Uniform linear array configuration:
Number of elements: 48
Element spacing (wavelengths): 0.25
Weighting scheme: blackman
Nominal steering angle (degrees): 0
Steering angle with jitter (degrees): -0.2493
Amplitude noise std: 0.05
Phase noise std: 0.05

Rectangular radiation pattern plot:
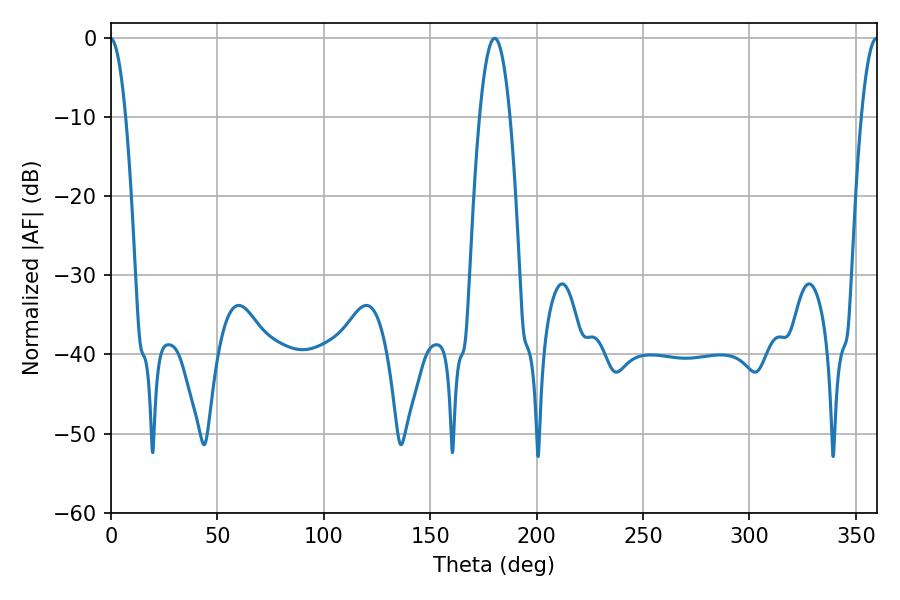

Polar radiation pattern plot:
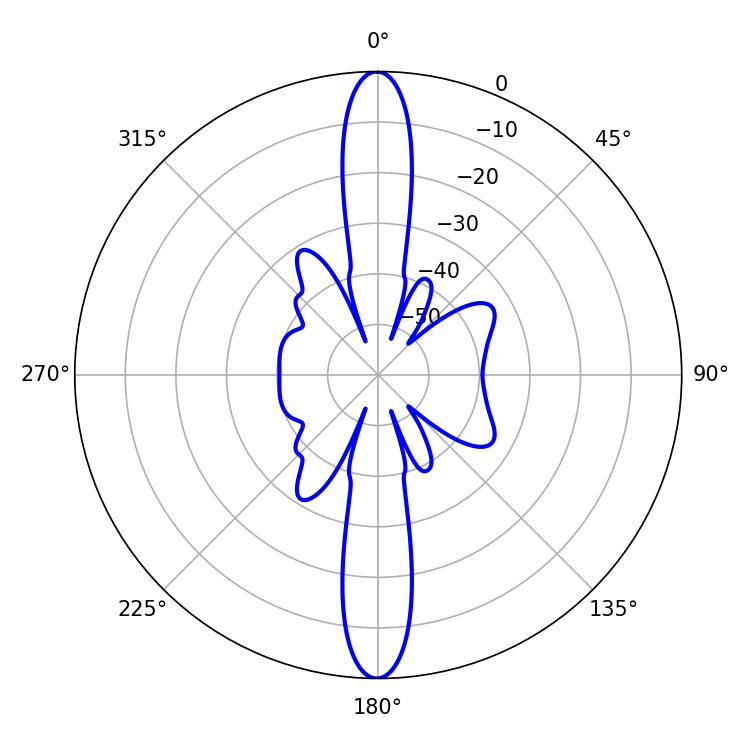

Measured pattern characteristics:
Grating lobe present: FALSE
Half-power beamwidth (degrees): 7.74
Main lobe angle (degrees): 180.36